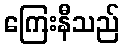
ကြေးနီသည်